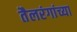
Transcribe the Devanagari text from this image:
तैलरंगांच्या